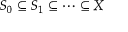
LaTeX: S _ { 0 } \subseteq S _ { 1 } \subseteq \cdots \subseteq X